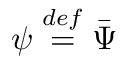
\psi \ensuremath { \stackrel { \r { d e f } } { = } } \bar { \Psi }